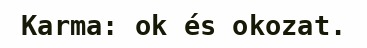
Karma: ok és okozat.